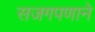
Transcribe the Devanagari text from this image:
सजगपणाने